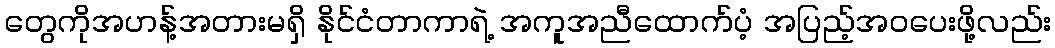
တွေကိုအဟန့်အတားမရှိ နိုင်ငံတာကာရဲ့ အကူအညီထောက်ပံ့ အပြည့်အဝပေးဖို့လည်း